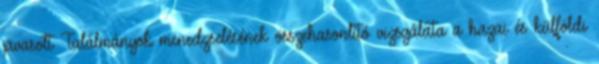
javasolt Találmányok menedzselésének összehasonlító vizsgálata a hazai és külföldi